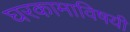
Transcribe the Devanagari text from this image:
घरकामाविषयी